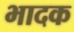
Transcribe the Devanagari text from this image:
भादक